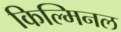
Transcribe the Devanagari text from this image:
किल्मिनल